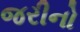
જરીનો